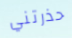
حذرتني